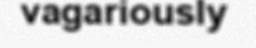
vagariously